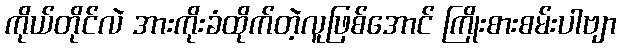
ကိုယ်တိုင်လဲ အားကိုးခံထိုက်တဲ့လူဖြစ်အောင် ကြိုးစားစမ်းပါဗျာ